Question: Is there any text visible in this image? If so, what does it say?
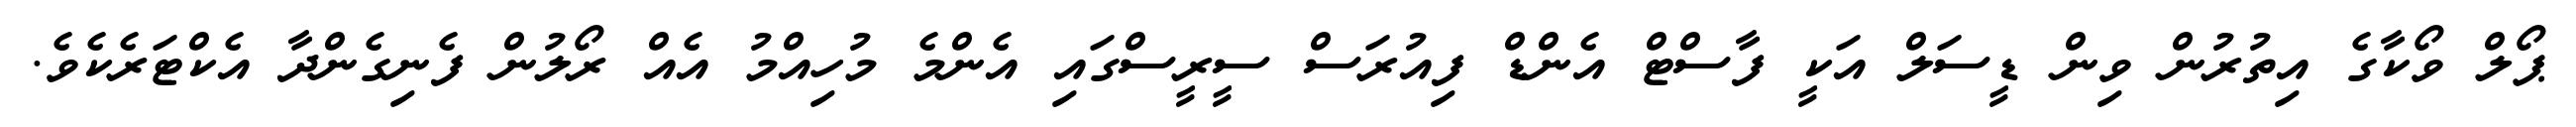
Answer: ޕޯލް ވޯކާގެ އިތުރުން ވިން ޑީސަލް އަކީ ފާސްޓް އެންޑް ފިއުރަސް ސީރީސްގައި އެންމެ މުހިއްމު އެއް ރޯލުން ފެނިގެންދާ އެކްޓަރެކެވެ.